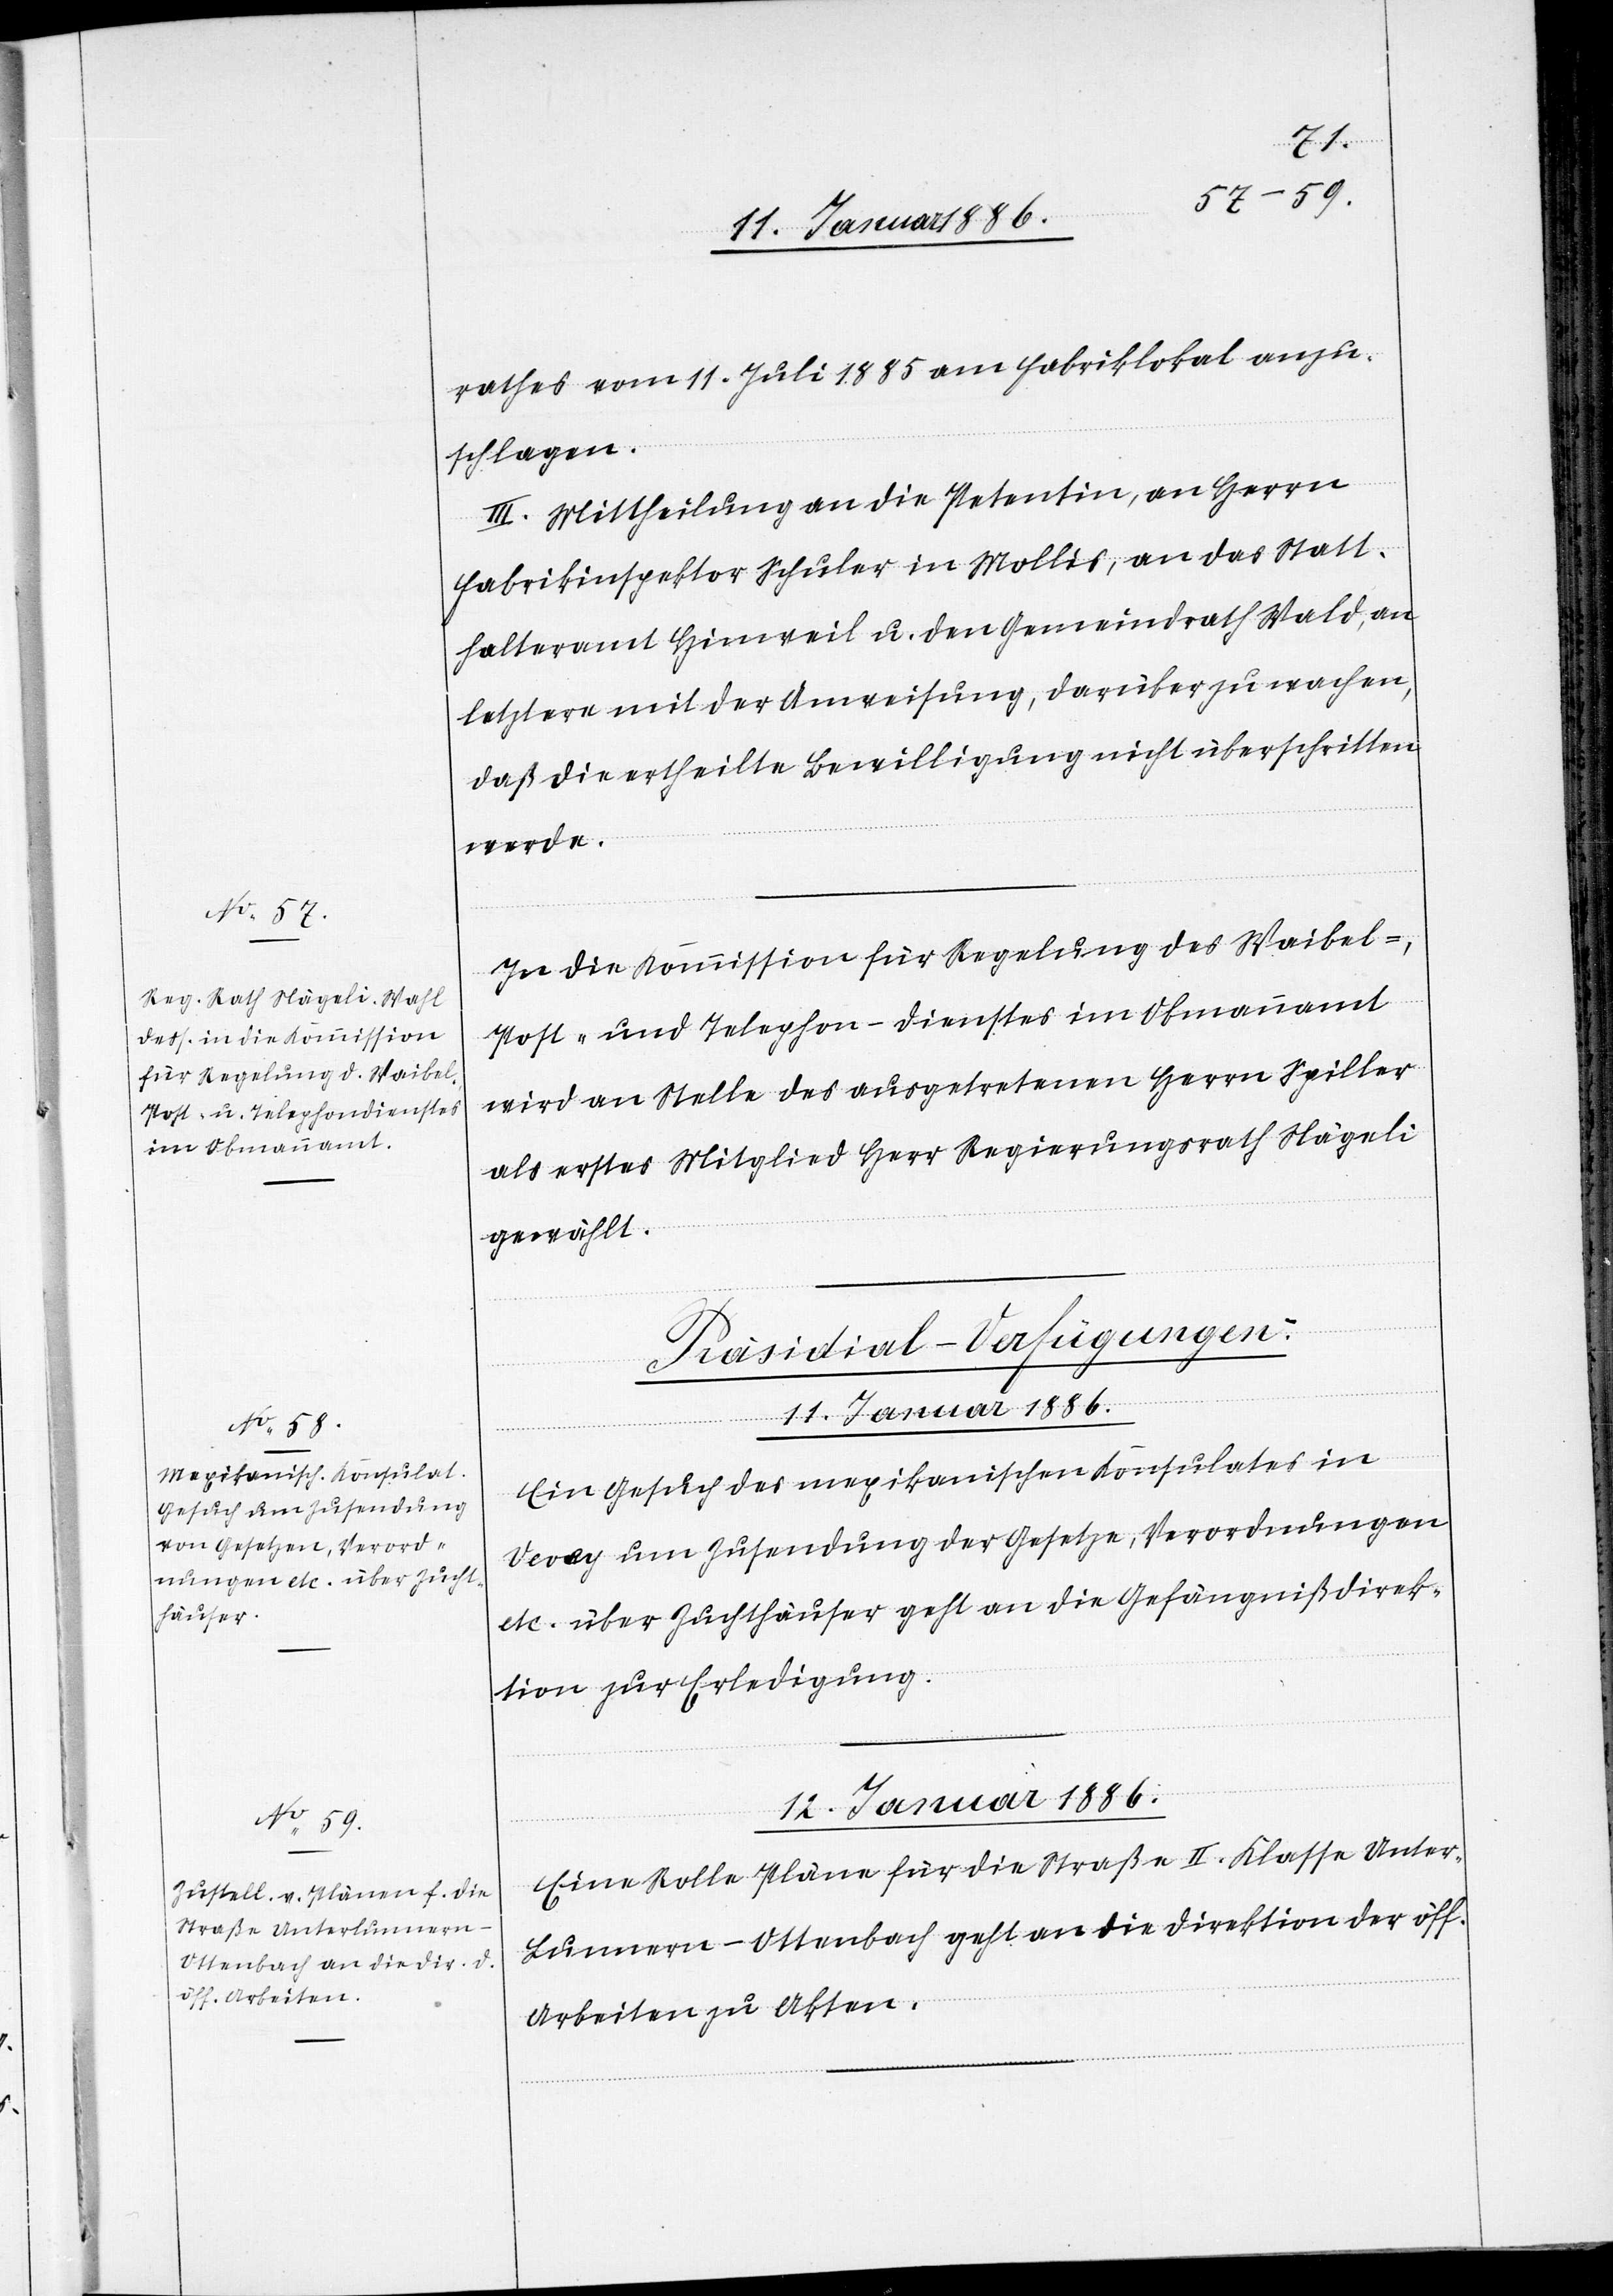
tion
rathes vom 11. Juli 1885 am Fabriklokal anzu¬
schlagen.
III. Mittheilung an die Petentin, an Herrn
Fabrikinspektor Schuler in Mollis, an das Statt¬
halteramt Hinweil u. den Gemeindrath Wald, an
letztern mit der Anweisung, darüber zu wachen,
daß die ertheilte Bewilligung nicht überschritten
werde.
In die Kommission für Regelung des Waibel-,
Post- und Telephon-Dienstes im Obmannamt
wird an Stelle des ausgetretenen Herrn Spiller
als erstes Mitglied Herr Regierungsrath Nägeli
gewählt.
[Präsidial-Verfügungen.]
11. Januar 1886.
Ein Gesuch des mexikanischen Konsulates in
Vevey um Zusendung der Gesetze, Verordnungen
etc. über Zuchthäuser geht an die Gefängnißdirek¬
12. Januar 1886.
Eine Rolle Pläne für die Straße II. Klasse Unter-L¬
unnern–Ottenbach geht an die Direktion der öff.
Arbeiten zu Akten.